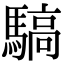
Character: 䮦